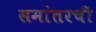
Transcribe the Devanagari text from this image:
समांतरची